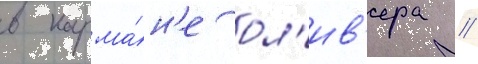
в карма́н'е ол'ив'ера //